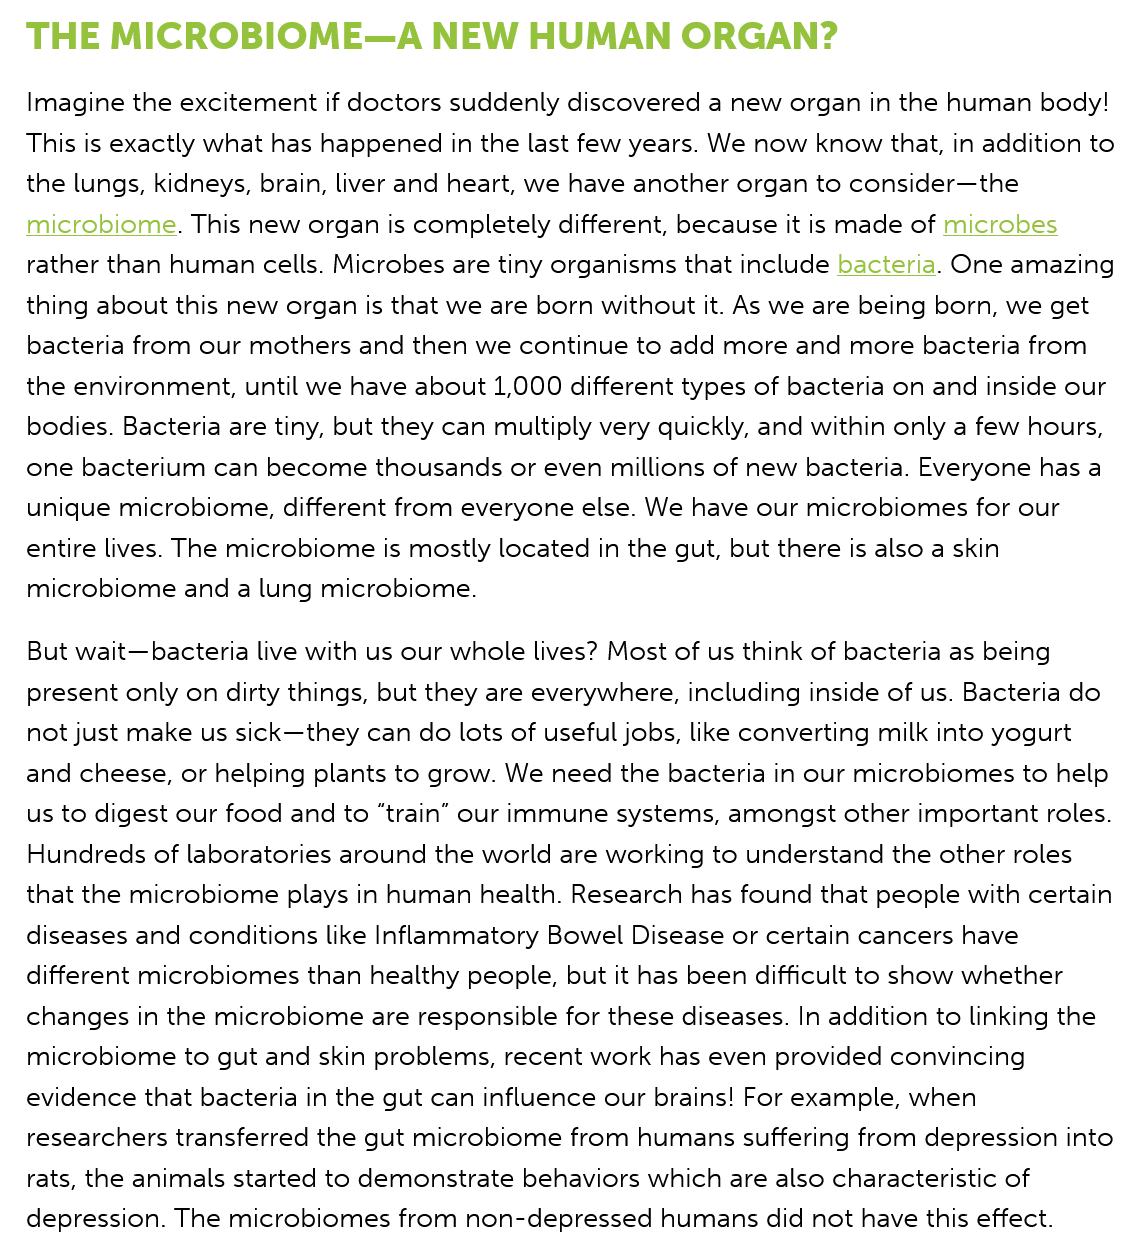
THE   MICROBIOME—A    NEW    HUMAN    ORGAN?
   Imagine the excitement if doctors suddenly discovered a new organ in the human body!
  This is exactly what has happened in the last few years. We now know that, in addition to
  the lungs, kidneys, brain, liver and heart, we have another organ to consider—the
  microbiome. This new organ is completely different, because it is made of microbes
  rather than human cells. Microbes are tiny organisms that include bacteria. One amazing
  thing about this new organ is that we are born without it. As we are being born, we get
  bacteria from our mothers and then we continue to add more and more bacteria from
  the environment, until we have about 1,000 different types of bacteria on and inside our
  bodies. Bacteria are tiny, but they can multiply very quickly, and within only a few hours,
  one bacterium can become thousands or even millions of new bacteria. Everyone has a
  unique microbiome, different from everyone else. We have our microbiomes for our
  entire lives. The microbiome is mostly located in the gut, but there is also a skin
  microbiome  and a lung microbiome.
   But wait—bacteria live with us our whole lives? Most of us think of bacteria as being
  present only on dirty things, but they are everywhere, including inside of us. Bacteria do
  not just make us sick—they can do lots of useful jobs, like converting milk into yogurt
  and cheese, or helping plants to grow. We need the bacteria in our microbiomes to help
  us to digest our food and to “train” our immune systems, amongst other important roles.
   Hundreds of laboratories around the world are working to understand the other roles
  that the microbiome plays in human health. Research has found that people with certain
  diseases and conditions like Inflammatory Bowel Disease or certain cancers have
  different microbiomes than healthy people, but it has been difficult to show whether
  changes in the microbiome are responsible for these diseases. In addition to linking the
  microbiome to gut and skin problems, recent work has even provided convincing
  evidence that bacteria in the gut can influence our brains! For example, when
  researchers transferred the gut microbiome from humans suffering from depression into
  rats, the animals started to demonstrate behaviors which are also characteristic of
  depression. The microbiomes from non-depressed humans did not have this effect.